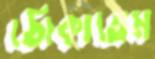
ঠোকাতেম